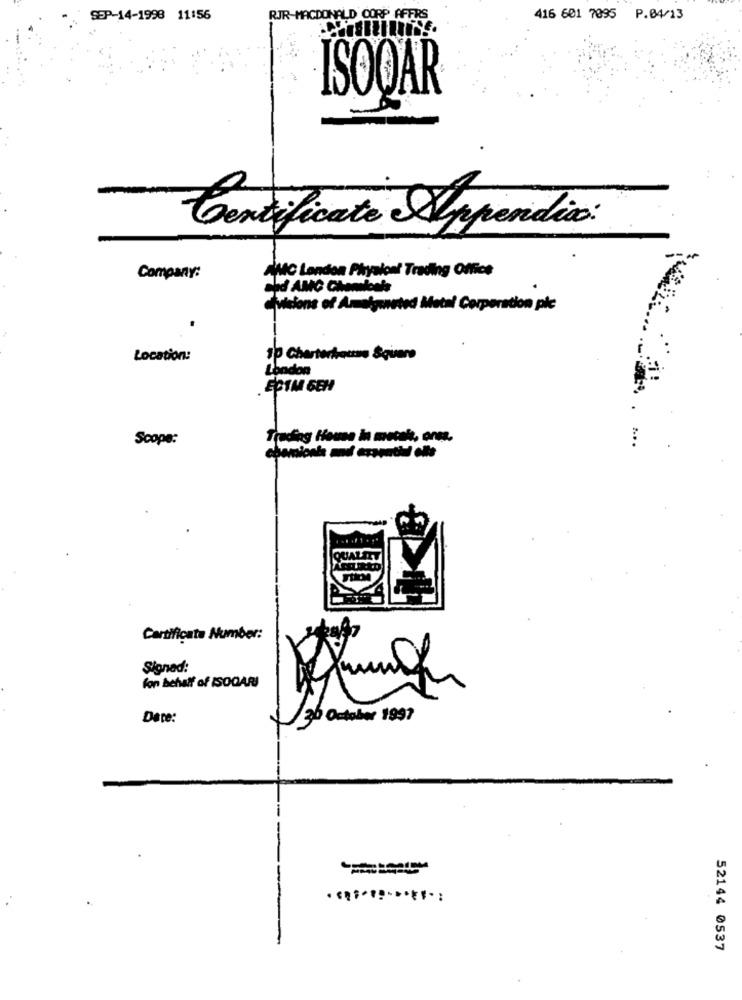
SEP-14-1998 11:56
RJR-MACDONALD CORP AFFRS
416 601 7095 P.04/13
IDISE.
ISOQAR
Certificato Appendic:
Company:
AMC London Physion! Trading Office
ahd AMC Chemicals
fuione of Amalgamated Motel Corporation plc
.
Location:
10 Charterhause Square
London
ECIM GEH
Scope:
Trading House in metal, one.
QUALEI
Certificata Number:
Signed:
fon behalf of ISOCARI
Date:
30 October 1997
52144 0537